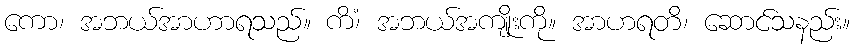
ကော၊ အဘယ်အာဟာရသည်။ ကိံ၊ အဘယ်အကျိုးကို။ အာဟရတိ၊ ဆောင်သနည်း။